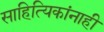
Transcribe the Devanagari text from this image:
साहित्यिकांनाही